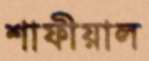
শাফীয়াল